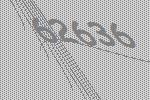
62636